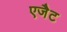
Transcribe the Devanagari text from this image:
एजैेट